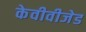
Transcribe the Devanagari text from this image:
केवीवीजेड